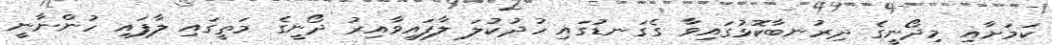
ކަމަށާއި މިދޯނީގެ ދިރުނބާކޮޅުގައިވާ ގެގަނޑުގައި ހުދުކުލަ ލާފައިވާއިރު ދޯނީގެ މަތީގައި ލާފައި ހުންނާނީ